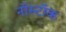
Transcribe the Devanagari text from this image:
नॉस्टॉक